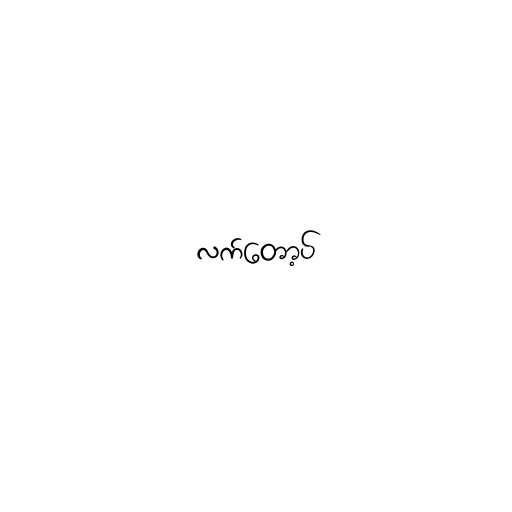
လက်တော့ပ်